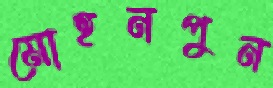
মোহনপুন